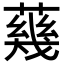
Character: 𦺬